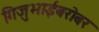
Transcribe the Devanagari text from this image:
गिजुभाईंबरोबर